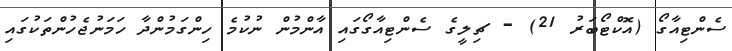
ސެންޓިއާގޯ (އޮކްޓޯބަރު 21) - ޗިލީގެ ސެންޓިއާގޯގައި އާންމުން ނުކުމެ ހިންގަމުންދާ ހަމަނުޖެހުންތަކުގައި